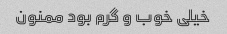
خیلی خوب و گرم بود ممنون